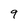
Character: 9